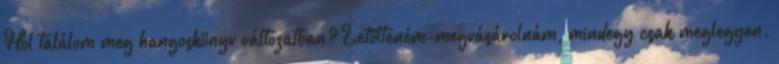
Hol találom meg hangoskönyv változatban? Letölteném-megvásárolnám, mindegy csak meglegyen.